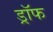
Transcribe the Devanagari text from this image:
ड्रॉफ